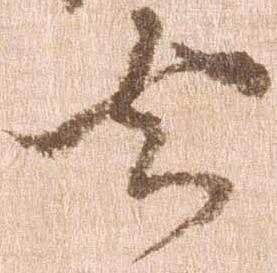
去